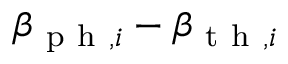
\beta _ { \mathrm { ~ p ~ h ~ } , i } - \beta _ { \mathrm { ~ t ~ h ~ } , i }